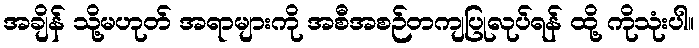
အချိန် သို့မဟုတ် အရာများကို အစီအစဉ်တကျပြုလုပ်ရန် ထို့ ကိုသုံးပါ။